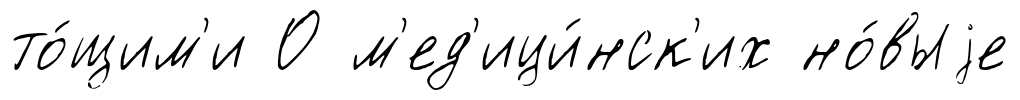
то́щим'и О м'ед'ици́нск'их но́выjе